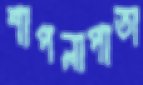
শাপলাপাতা